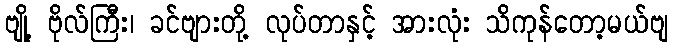
ဗျို့ ဗိုလ်ကြီး၊ ခင်ဗျားတို့ လုပ်တာနှင့် အားလုံး သိကုန်တော့မယ်ဗျ